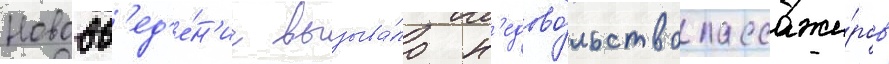
Нововв'ед'е́н'ие вызыва́ло н'едово́льство пассажи́ров